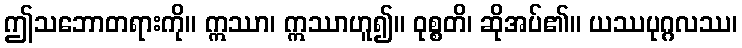
ဤသဘောတရားကို။ ဣဿာ၊ ဣဿာဟူ၍။ ဝုစ္စတိ၊ ဆိုအပ်၏။ ယဿပုဂ္ဂလဿ၊